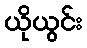
ယိုယွင်း